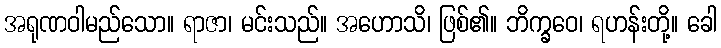
အရုဏဝါမည်သော။ ရာဇာ၊ မင်းသည်။ အဟောသိ၊ ဖြစ်၏။ ဘိက္ခဝေ၊ ရဟန်းတို့။ ခေါ